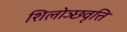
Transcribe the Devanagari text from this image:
शिलोञ्छवृत्ति